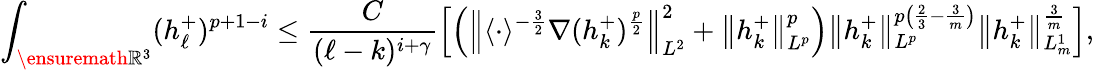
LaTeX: \int_{\ensuremath{{\mathbb R}}^{3}}(h_{\ell}^{+})^{p+1-i}\le\frac{C}{(\ell-k)^{i+\gamma}}\left[\left(\left\| \langle\cdot\rangle^{-\frac{3}{2}}\nabla(h_{k}^{+})^{\frac{p}{2}}\right\| _{L^{2}}^{2}+\left\| h_{k}^{+}\right\| _{L^{p}}^{p}\right)\left\| h_{k}^{+}\right\| _{L^{p}}^{p\left(\frac{2}{3}-\frac{3}{m}\right)}\left\| h_{k}^{+}\right\| _{L_{m}^{1}}^{{{\frac{3}{m}}}}\right],